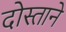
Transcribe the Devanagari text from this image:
दोस्ताने